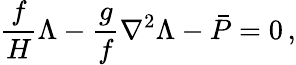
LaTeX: \frac{f}{H}\Lambda-\frac{g}{f}\nabla^{2}\Lambda-\bar{P}=0\, ,